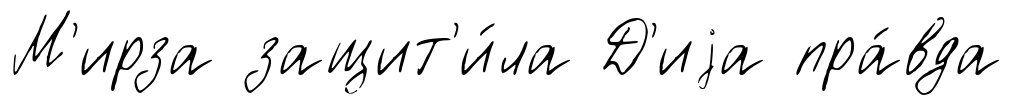
М'ирза защит'и́ла Д'иjа пра́вда